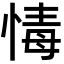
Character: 𢝂